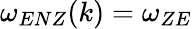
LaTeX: \omega_{ENZ}(k)=\omega_{ZE}